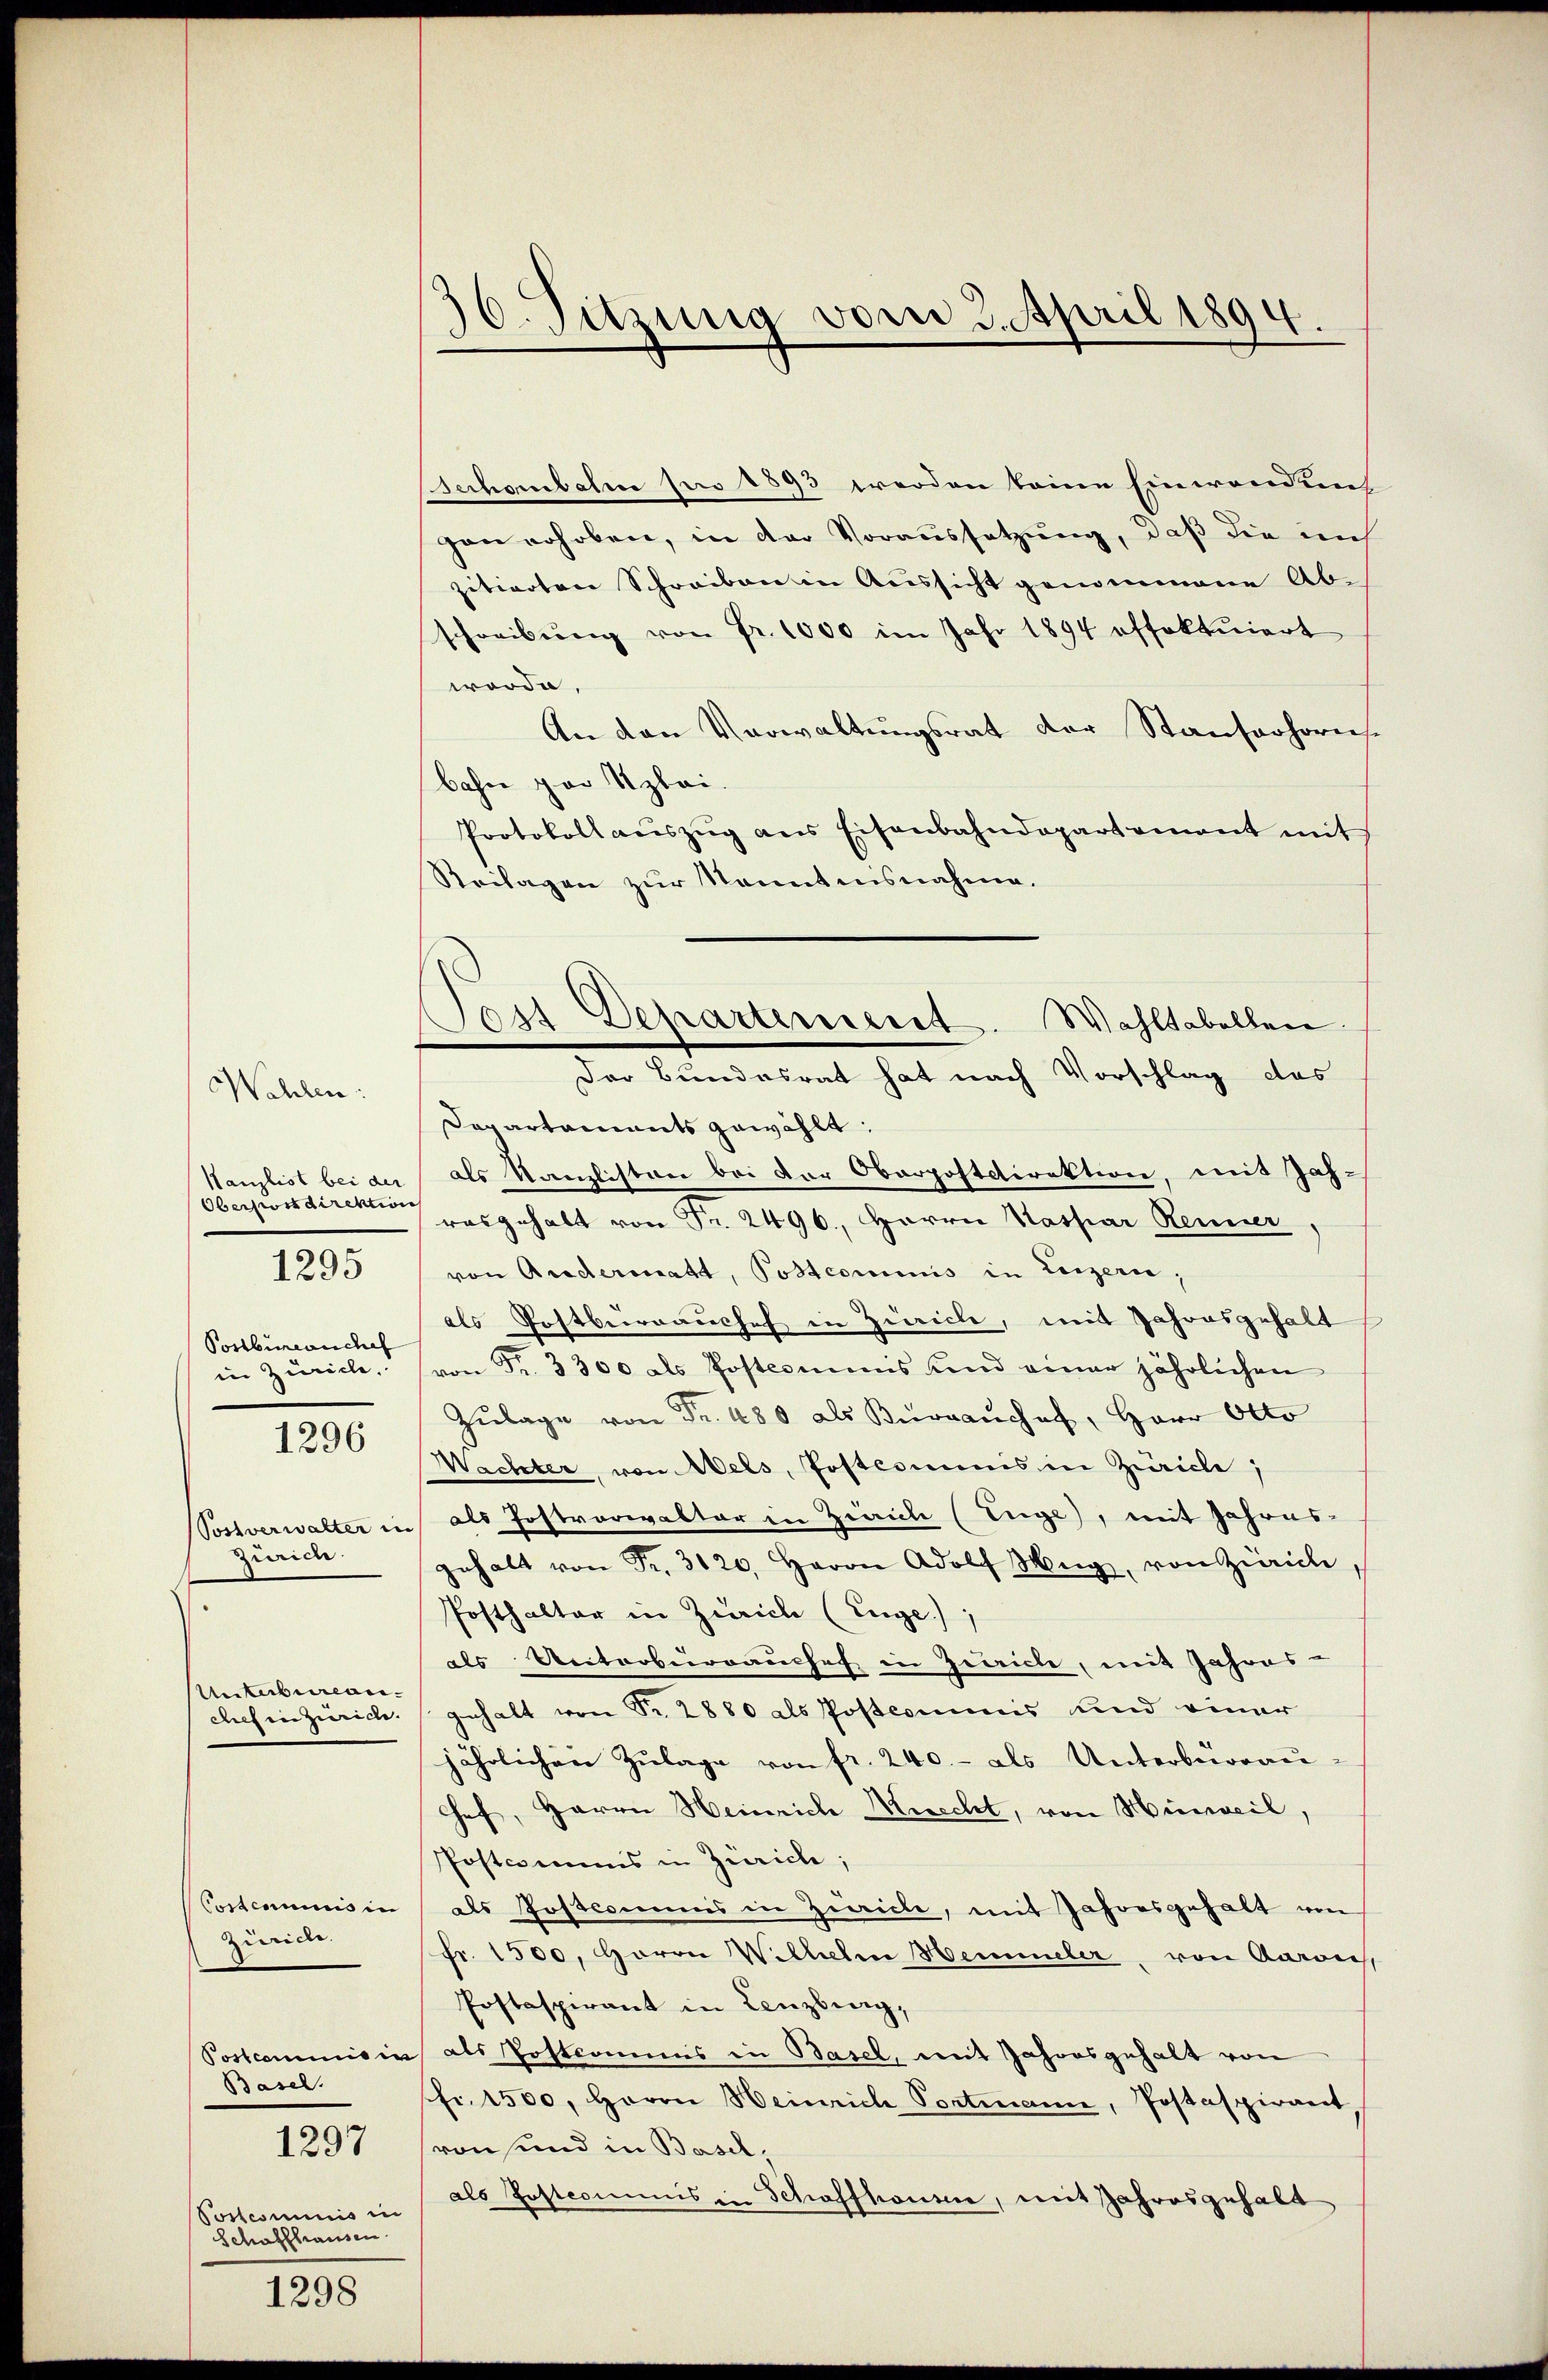
Kanzlist bei der
Oberpostdirektion
Postbureauchel
in Zürich
1296
Sostverwalter in
Zürich.

Wohlen:

1295

Unterbureau.
chef in Zürich.

Conscommunis in
Zürich.
Postcommisiss
Basel.

1297

Postesminis ei
Schaffhausen.

1298

30. Sitzung vom 3. April 1894.

Post Departerisiert. Wahltabellen

scchambahn pro 1893 werden keine Einwendung
gen erhoben, in der Voraussetzung, daß die mi
zitierten Schreiben in Aussicht genommene Abschreibŭng von Fr. 1000 im Jahr 1894 offektuiert
worde,
An den Verwaltungsrat der Standerhornst
bahre par Szlai.
Protokoll aŭszŭg ans Eisenbahndepartement mit
Seilagen zur Kenntnisnahme.
Der Bundesrat hat nach Vorschlag des
Departaments gewählt:
als Kanzlisten bei der Oberpostdirektion, mit Jah-
rasgehalt von Fr. 2496., Herrn Kaspar Renner
von Andermatt, Postcommis in Luzern;
als Postbernanchef in Züricle, mit Jahresgehalt
von Fr. 3300 als Postcommis und einer jährlichen
Zŭlage von Fr. 480 als Burranchef, Herr Otto
Wachter, von Wels, Postesminis in Zürich,
als Postrorialtar in Zürich (Tuge), mit Jahres-
gehalt von Fr. 3120, Herrn Adolf Weg, von Zürich,
Posthalter in Zürich (Enge),
als Unterberrauchef in Zeiche, mit Jahres-
gehalt von Fr. 2880 als Postcommis und einer
jährlichen Zulage von fr. 240.- als Unterberrau-
Hef, Herrn Heinrich Marecht, von Hinweil,
Postcommis in Zürich;
als Postcomuns in Zeiche, mit Jahresgehalt von
fr. 1500, Herrn Wilhelm Hemmeler, von Aaraus,
Postspirant in Lenzburg,
als Postcommis in Basel, mit Jahresgehalt von
fr. 1500, Herrn Heinrich Portmann, Postaspirant
von und in Basel,
als Postcommis in Schaffhause, mit Jahresgehalt